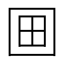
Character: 𡇍